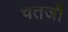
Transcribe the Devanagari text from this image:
चतर्जी